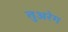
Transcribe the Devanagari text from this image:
तुअरेग